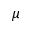
\mu